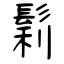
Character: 鬁